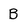
Character: B